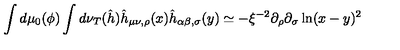
\int d \mu _ { 0 } ( \phi ) \int d \nu _ { T } ( \hat { h } ) \hat { h } _ { \mu \nu , \rho } ( x ) \hat { h } _ { \alpha \beta , \sigma } ( y ) \simeq - \xi ^ { - 2 } \partial _ { \rho } \partial _ { \sigma } \ln ( x - y ) ^ { 2 }